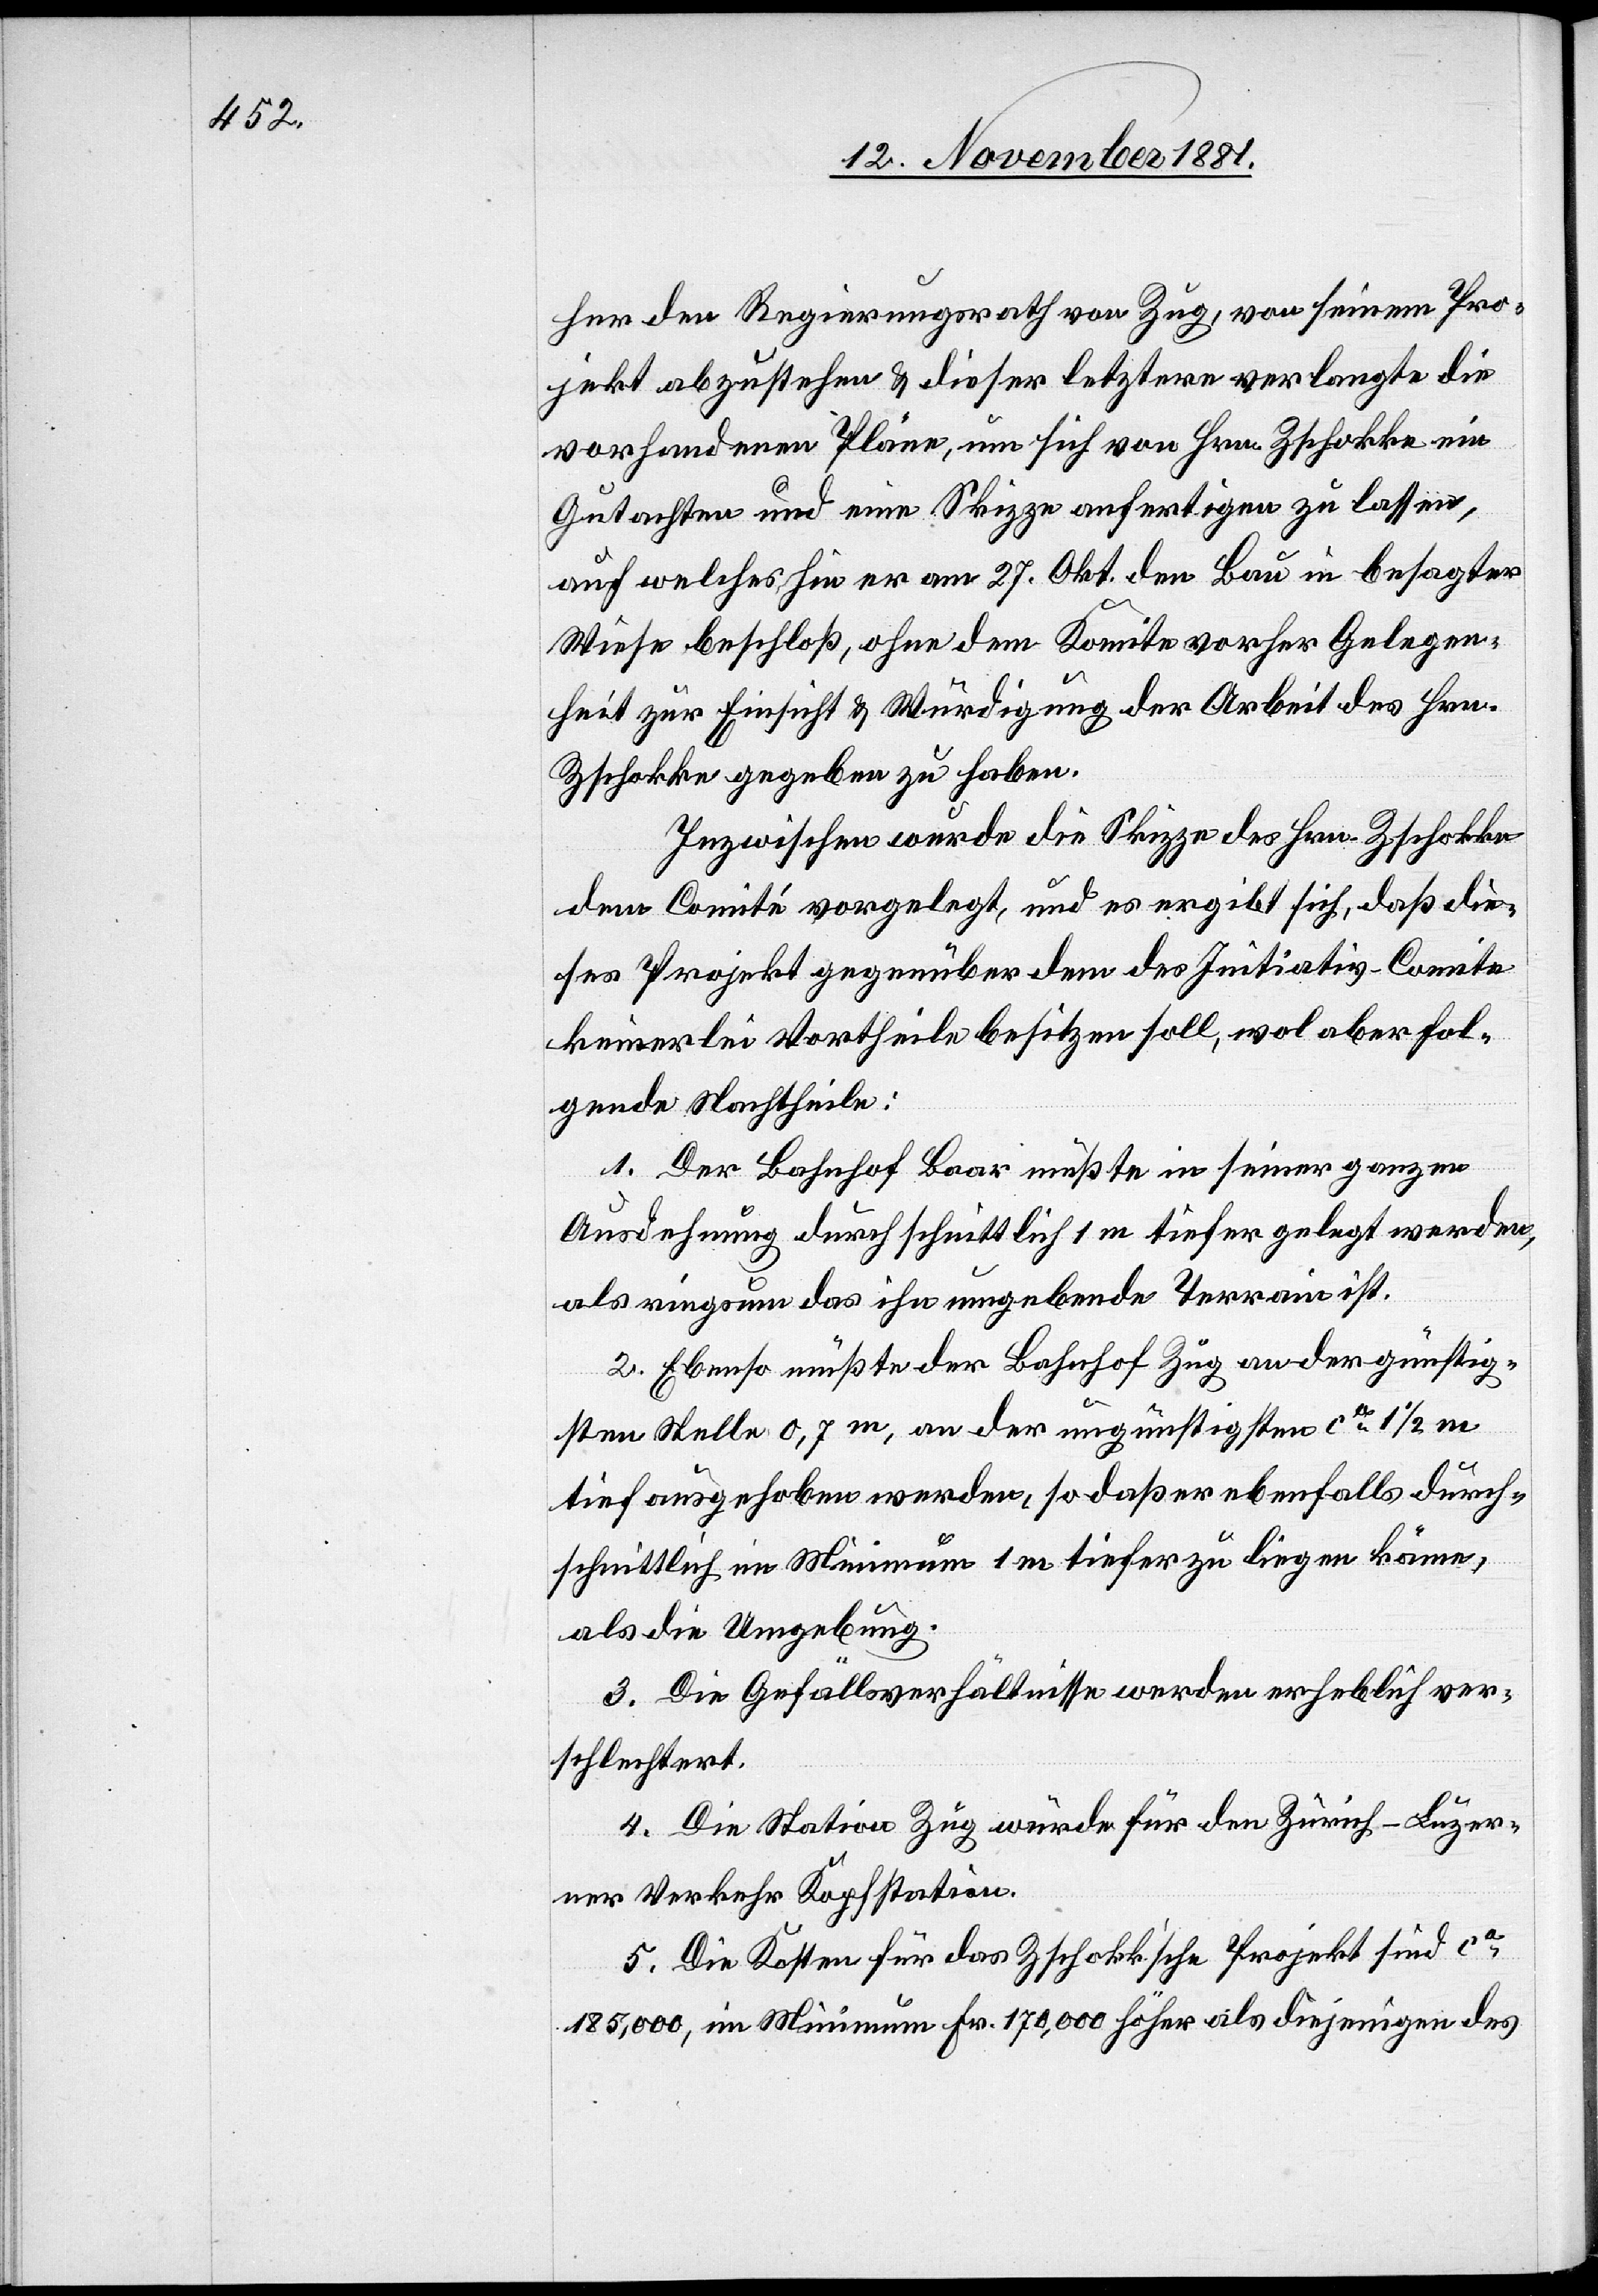
her den Regierungsrath von Zug, von seinem Pro¬
jekt abzustehen & dieser letztere verlangte die
vorhandenen Pläne, um sich von Hrn. Zschokke ein
Gutachten und eine Skizze anfertigen zu lassen,
auf welches hin er am 27. Okt. den Bau in besagter
Weise beschloß, ohne dem Komite vorher Gelegen¬
heit zur Einsicht & Würdigung der Arbeit des Hrn.
Zschokke gegeben zu haben.
Inzwischen wurde die Skizze des Hrn. Zschokke
dem Comité vorgelegt, und es ergibt sich, daß die¬
ses Projekt gegenüber dem des Initiativ-Comite
keinerlei Vortheile besitzen soll, wol aber fol¬
gende Nachtheile:
1. Der Bahnhof Baar müßte in seiner ganzen
Ausdehnung durchschnittlich 1 m tiefer gelegt werden,
als ringsum das ihn umgebende Terrain ist.
2. Ebenso müßte der Bahnhof Zug an der günstig¬
sten Stelle 0,7m, an der ungünstigsten ca 1 1/2 m
tief ausgehoben werden, so daß er ebenfalls durch¬
schnittlich im Minimum 1 m tiefer zu liegen käme,
als die Umgebung.
3. Die Station Zug würde für den Zürich–Luzer¬
ner Verkehr Kopfstation.
5. Die Kosten für das Zschokk’sche Projekt sind ca
185,000, im Minimum Fr. 170,000 höher als diejenigen des